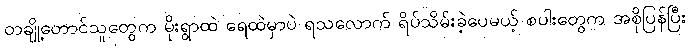
တချို့တောင်သူတွေက မိုးရွာထဲ ရေထဲမှာပဲ ရသလောက် ရိပ်သိမ်းခဲ့ပေမယ့် စပါးတွေက အစိုပြန်ပြီး